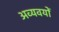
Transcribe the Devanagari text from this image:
अव्यवयों